Annual report of the Punjab Veterinary College and of the Civil Veterinary Department, Punjab - 1926-1932
Year: 1926
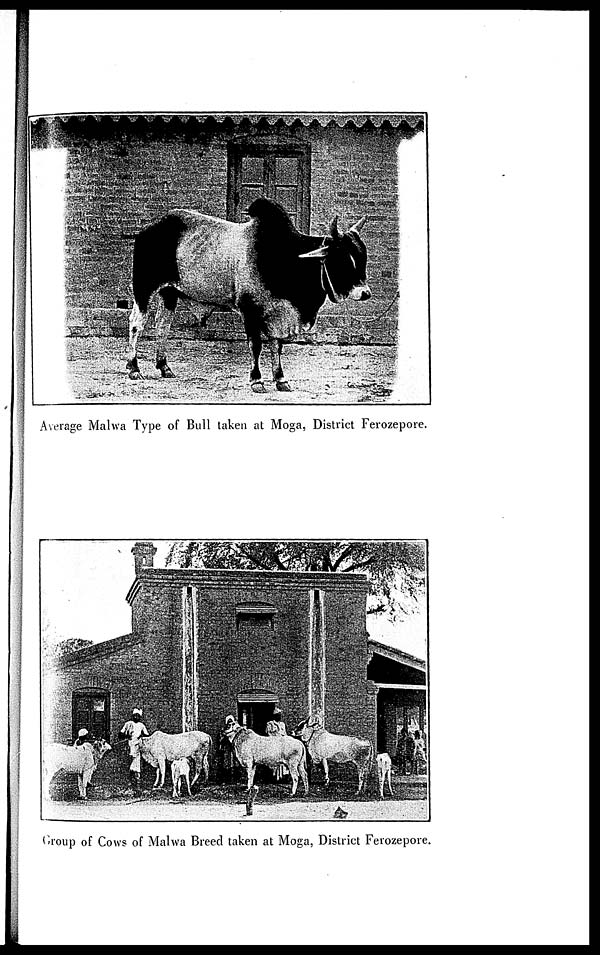
Average Malwa Type of Bull taken at Moga, District Ferozepore.
Group of Cows of Malwa Breed taken at Moga, District Ferozepore.